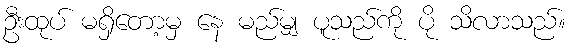
ဦးထုပ် မရှိတော့မှ နေ မည်မျှ ပူသည်ကို ပို သိလာသည်။